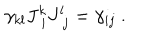
LaTeX: \gamma _ { k l } J _ { \ i } ^ { k } J _ { \ j } ^ { l } = \gamma _ { i j } \ .